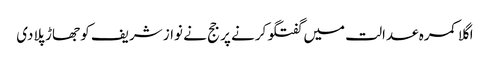
اگلا کمرہ عدالت میں گفتگو کرنے پر جج نے نواز شریف کو جھاڑ پلادی